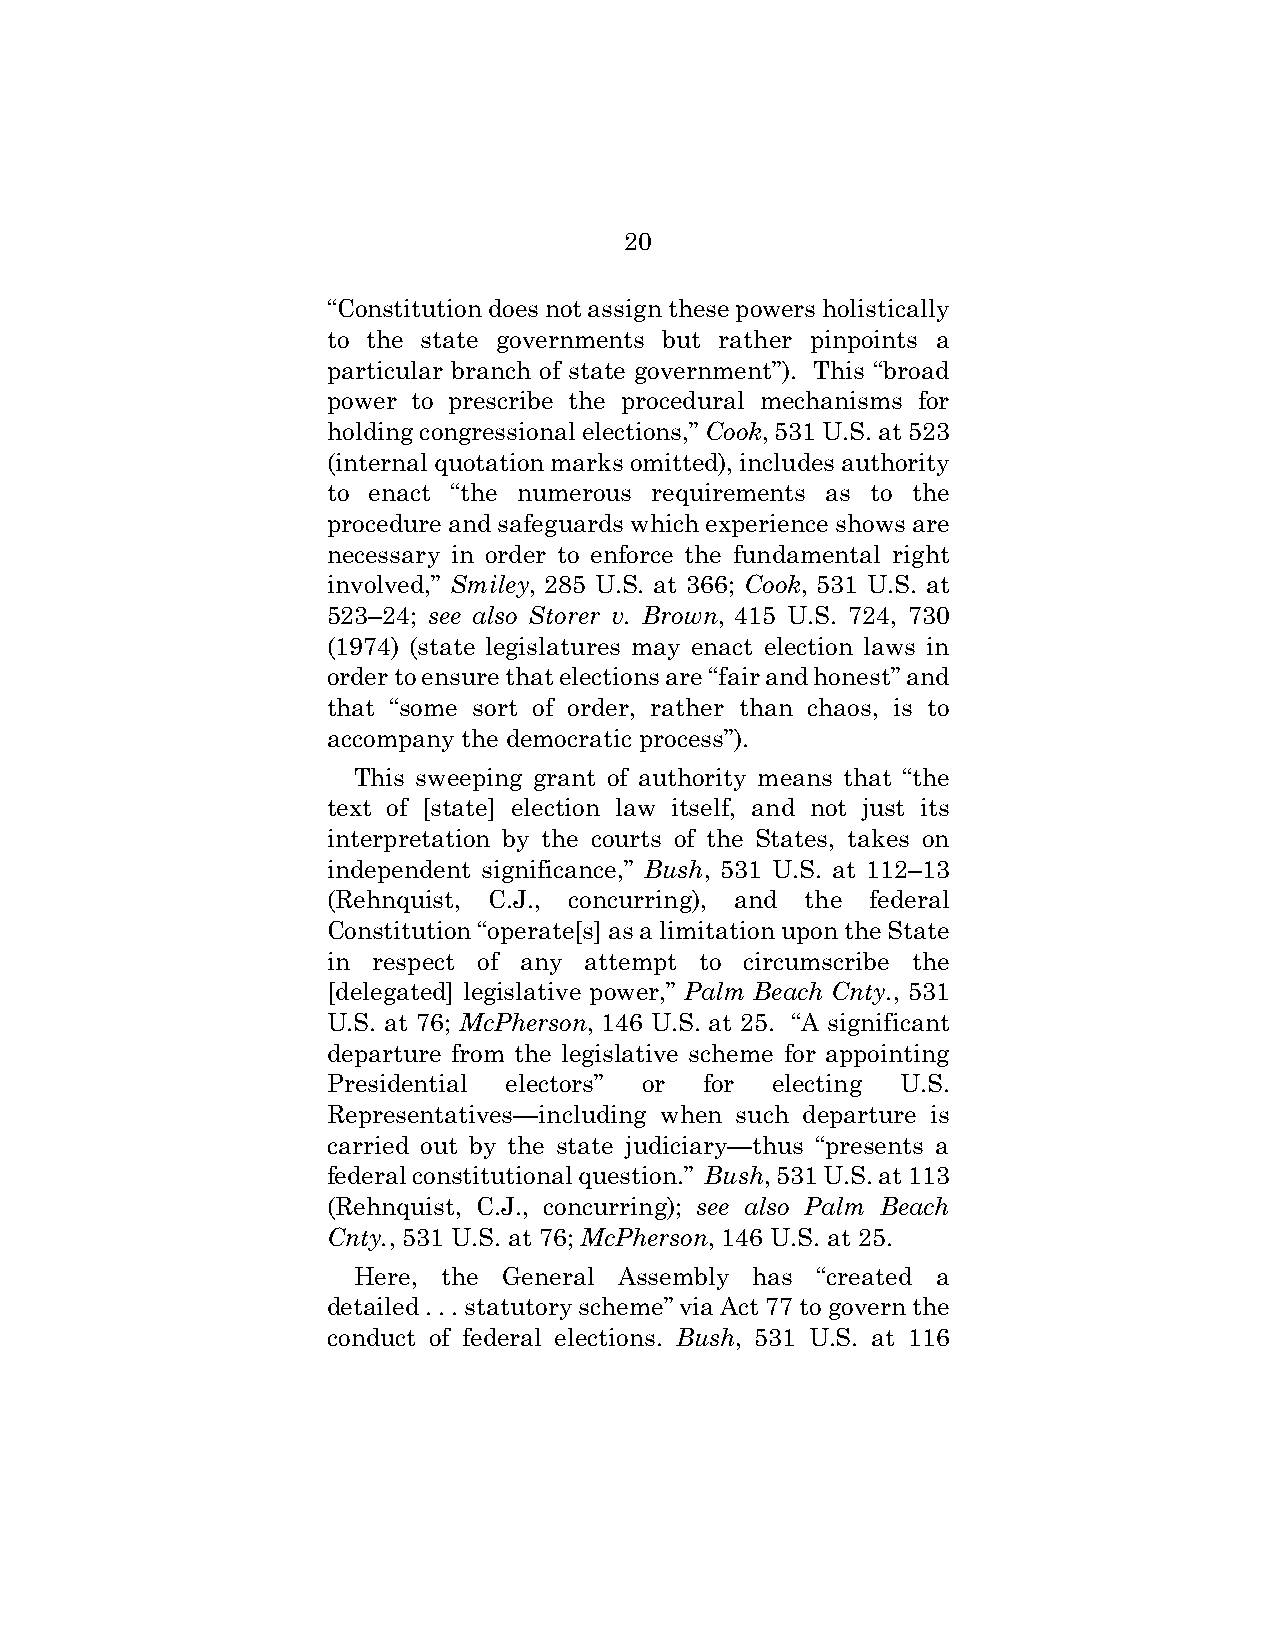
20
 “Constitution does not assign these powers holistically
 to the state governments but rather pinpoints a
 particular branch of state government”). This “broad
 power to prescribe the procedural mechanisms for
 holding congressional elections,” Cook, 531 U.S. at 523
 (internal quotation marks omitted), includes authority
 to enact “the numerous requirements as to the
 procedure and safeguards which experience shows are
 necessary in order to enforce the fundamental right
 involved,” Smiley, 285 U.S. at 366; Cook, 531 U.S. at
 523–24; see also Storer v. Brown, 415 U.S. 724, 730
 (1974) (state legislatures may enact election laws in
 order to ensure that elections are “fair and honest” and
 that “some sort of order, rather than chaos, is to
 accompany the democratic process”).
 This sweeping grant of authority means that “the
 text of [state] election law itself, and not just its
 interpretation by the courts of the States, takes on
 independent significance,” Bush, 531 U.S. at 112–13
 (Rehnquist, C.J., concurring), and the federal
 Constitution “operate[s] as a limitation upon the State
 in respect of any attempt to circumscribe the
 [delegated] legislative power,” Palm Beach Cnty., 531
 U.S. at 76; McPherson, 146 U.S. at 25. “A significant
 departure from the legislative scheme for appointing
 Presidential electors” or for electing U.S.
 Representatives—including when such departure is
 carried out by the state judiciary—thus “presents a
 federal constitutional question.” Bush, 531 U.S. at 113
 (Rehnquist, C.J., concurring); see also Palm Beach
 Cnty., 531 U.S. at 76; McPherson, 146 U.S. at 25.
 Here, the General Assembly has “created a
 detailed . . . statutory scheme” via Act 77 to govern the
 conduct of federal elections. Bush, 531 U.S. at 116